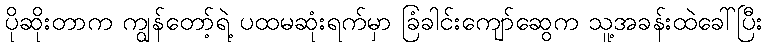
ပိုဆိုးတာက ကျွန်တော့်ရဲ့ ပထမဆုံးရက်မှာ ခြံခါင်းကျော်ဆွေက သူ့အခန်းထဲခေါ်ပြီး